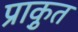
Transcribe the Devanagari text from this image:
प्राकृुत